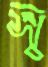
স্